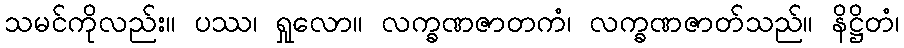
သမင်ကိုလည်း။ ပဿ၊ ရှုလော။ လက္ခဏဇာတကံ၊ လက္ခဏဇာတ်သည်။ နိဋ္ဌိတံ၊